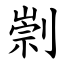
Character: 㓽